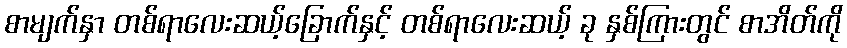
စာမျက်နှာ တစ်ရာလေးဆယ့်ခြောက်နှင့် တစ်ရာလေးဆယ့် ခု နှစ်ကြားတွင် စာအိတ်ကို